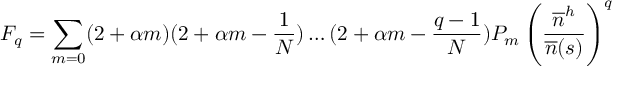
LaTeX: F _ { q } = \sum _ { m = 0 } ( 2 + \alpha m ) ( 2 + \alpha m - \frac { 1 } { N } ) \dots ( 2 + \alpha m - \frac { q - 1 } { N } ) P _ { m } \left( \frac { \overline { { n } } ^ { h } } { \overline { { n } } ( s ) } \right) ^ { q }